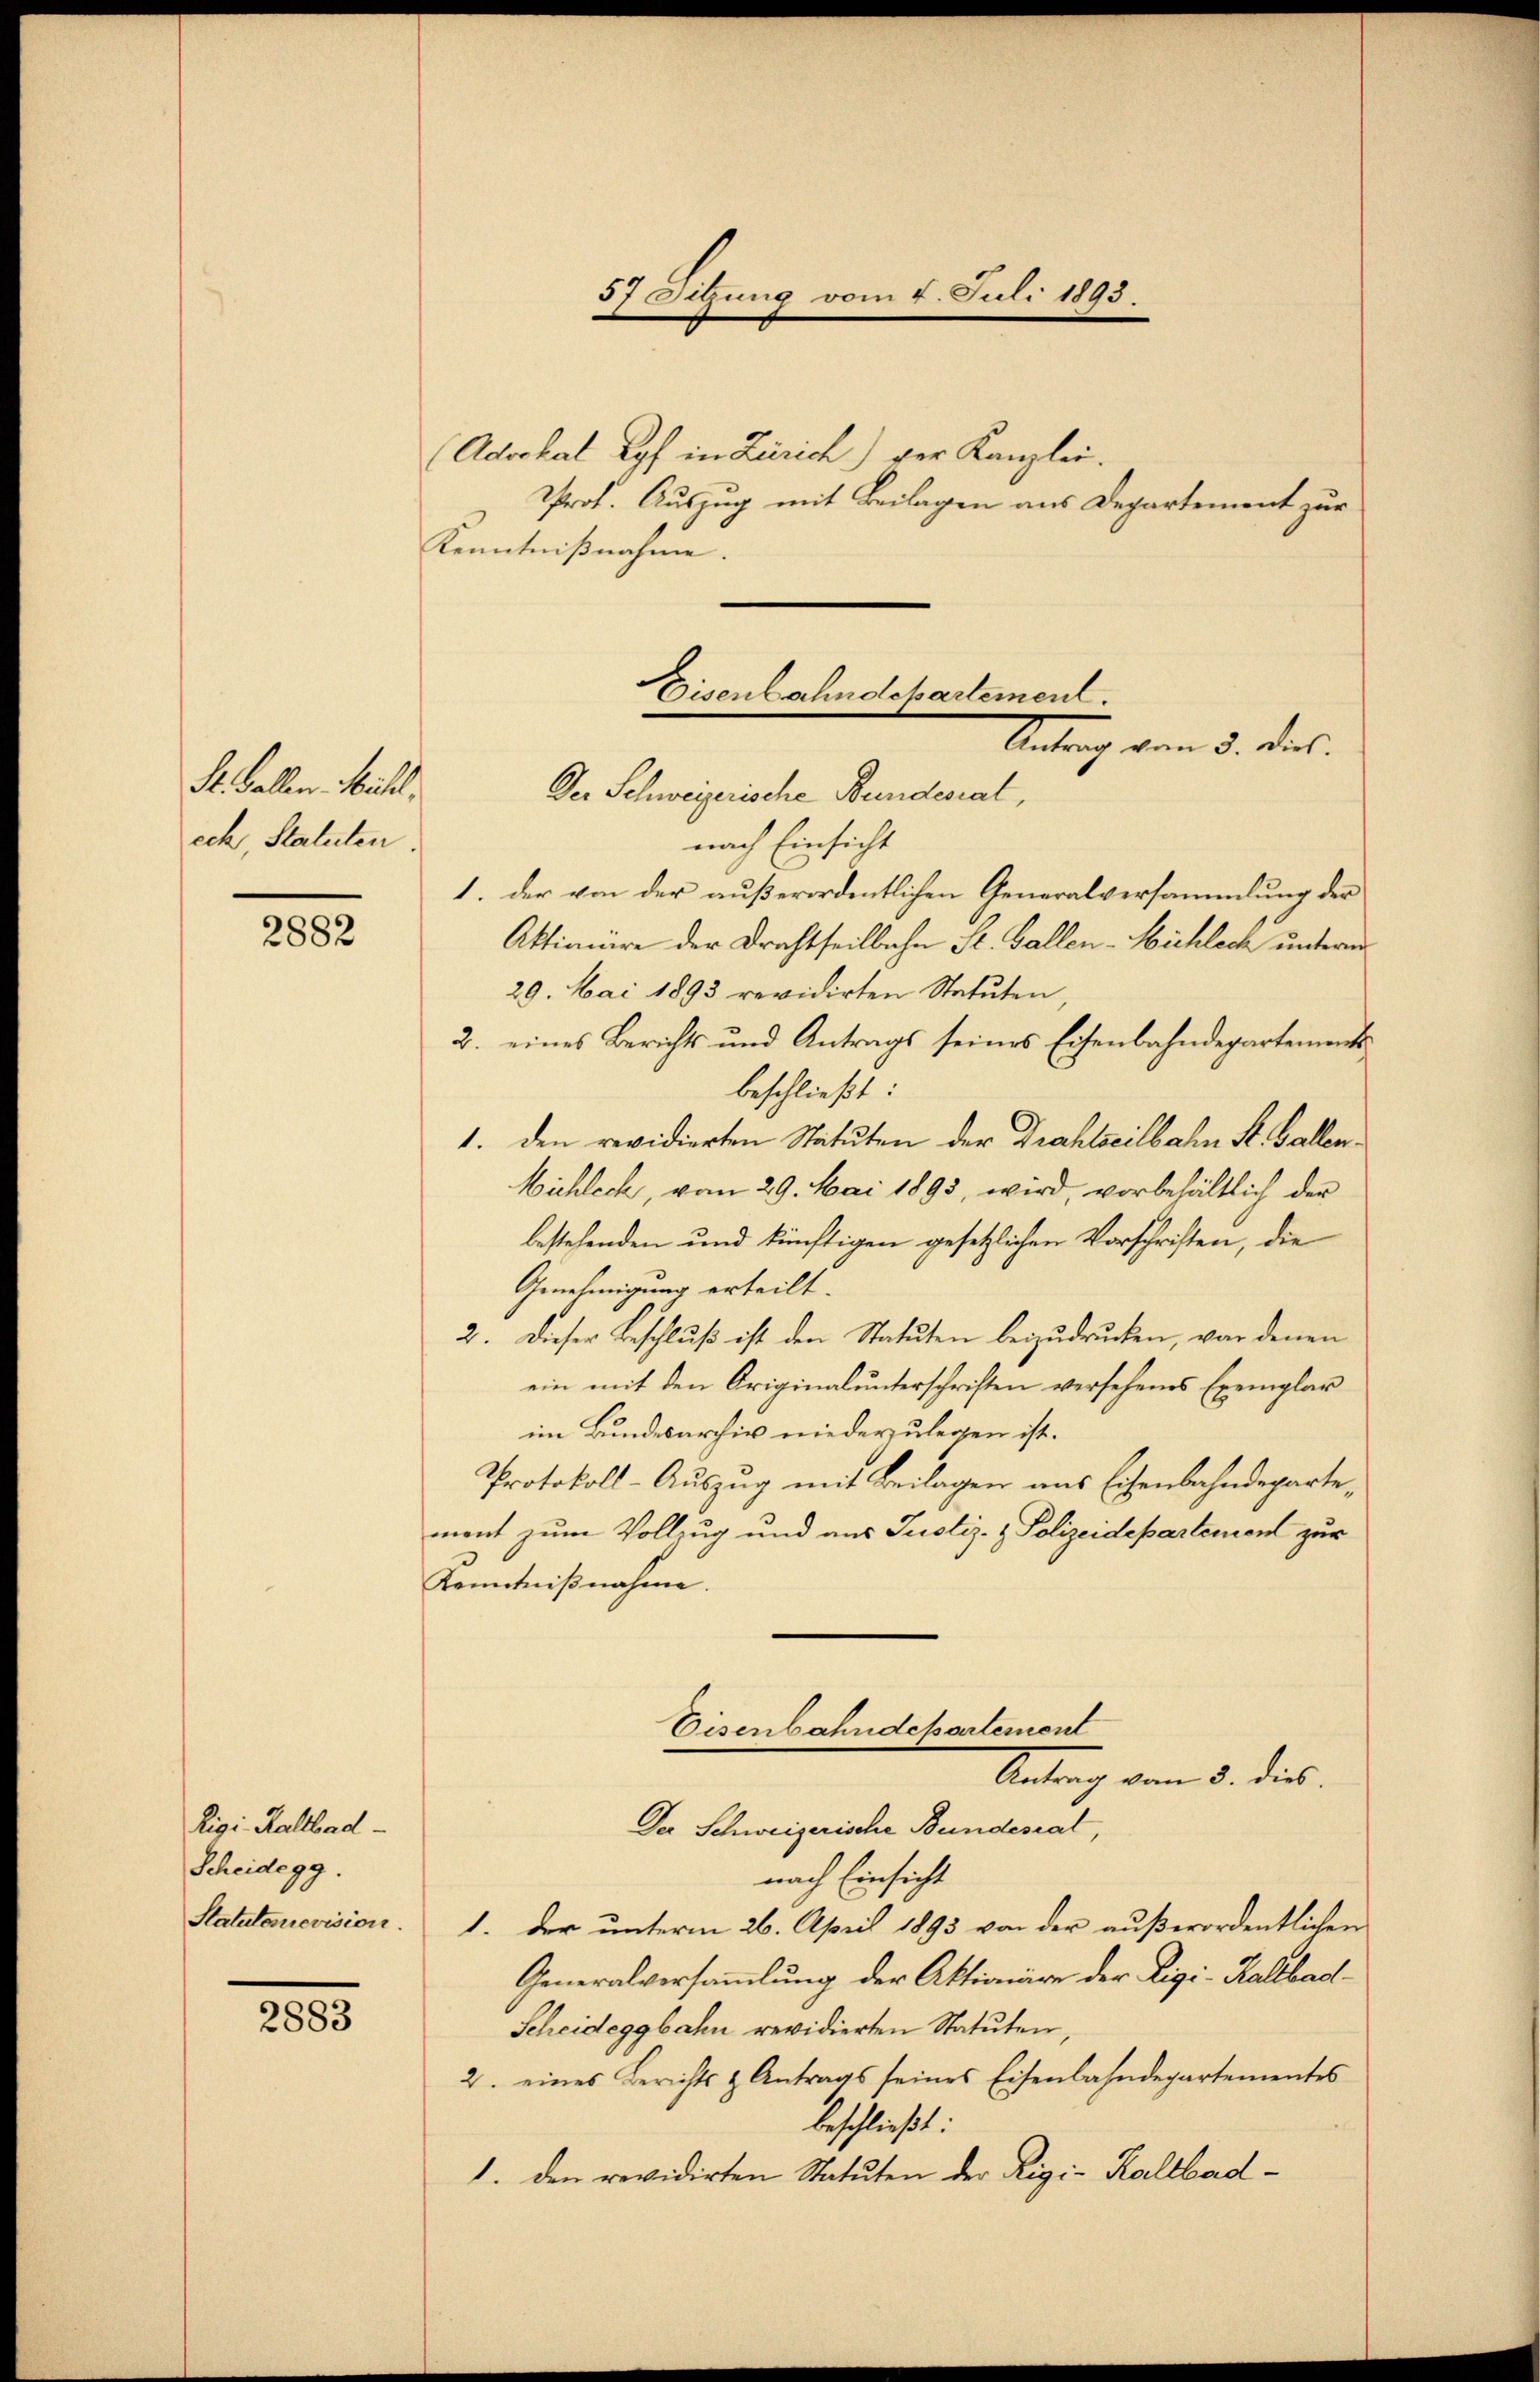
St. Gallen. Michl
ech, Statuten

2882

Rigi-Kaltbad
Scheidegg.

2883

(Advokat Ryf in Zürich) der Kanzlei.
Prof. Auszug mit Beilagen aus Departement zur
Kenntnißnahme |

57 Sigung vom 4. Juli 1893.

Eisenbahndepartement.
Antrag vom 3. des
Der Schweizerische Bundesral,

nach Einsicht
1. der von der außerordentlichen Generalversammlung der
Aktionire der Drachtheilbahn St. Gallen-Wichlech unterm
29. Mai 1893 revidirten Statuten,
2. eines Berichts und Antrags seines Eisenbahndepartements
beschließt:
1. den revidierten Statuten der Drahtseilbahn St. Gallen¬
Michlech, vom 29. Mai 1893, wird, vorbehältlich der
bestehenden und künftigen gesetzlichen Vorschriften, die
Genehmigung erteilt.
2. Dieser Beschluß ist den Statuten beizudrucken, vor denen
ein mit den Originalunterschriften versehenes Exemplar
im Bundesarchiv niederzulegen ist.
Protokoll-Auszug mit Beilagen aus Eisenbahndepartement zum Vollzug und aus Justiz- & Polizeidepartement zur
Kenntnißnahme.
Eisenbahndepartement
Antrag vom 5. ds.
Der Schweizerische Bundesrat,
nach Einsicht
Statutarevision. 1. der ŭnterm 26. April 1893 von der aŭβerordentlichen
Generalversammlung der Aktionäre der Rigi-Kaltbad¬
Scheideggbahn revidierten Statuten,
2. eines Berichts & Antrags seines Eisenbahndepartementes
beschließt:
1. den revidirten Statuten der Rigi-Kaltbad¬